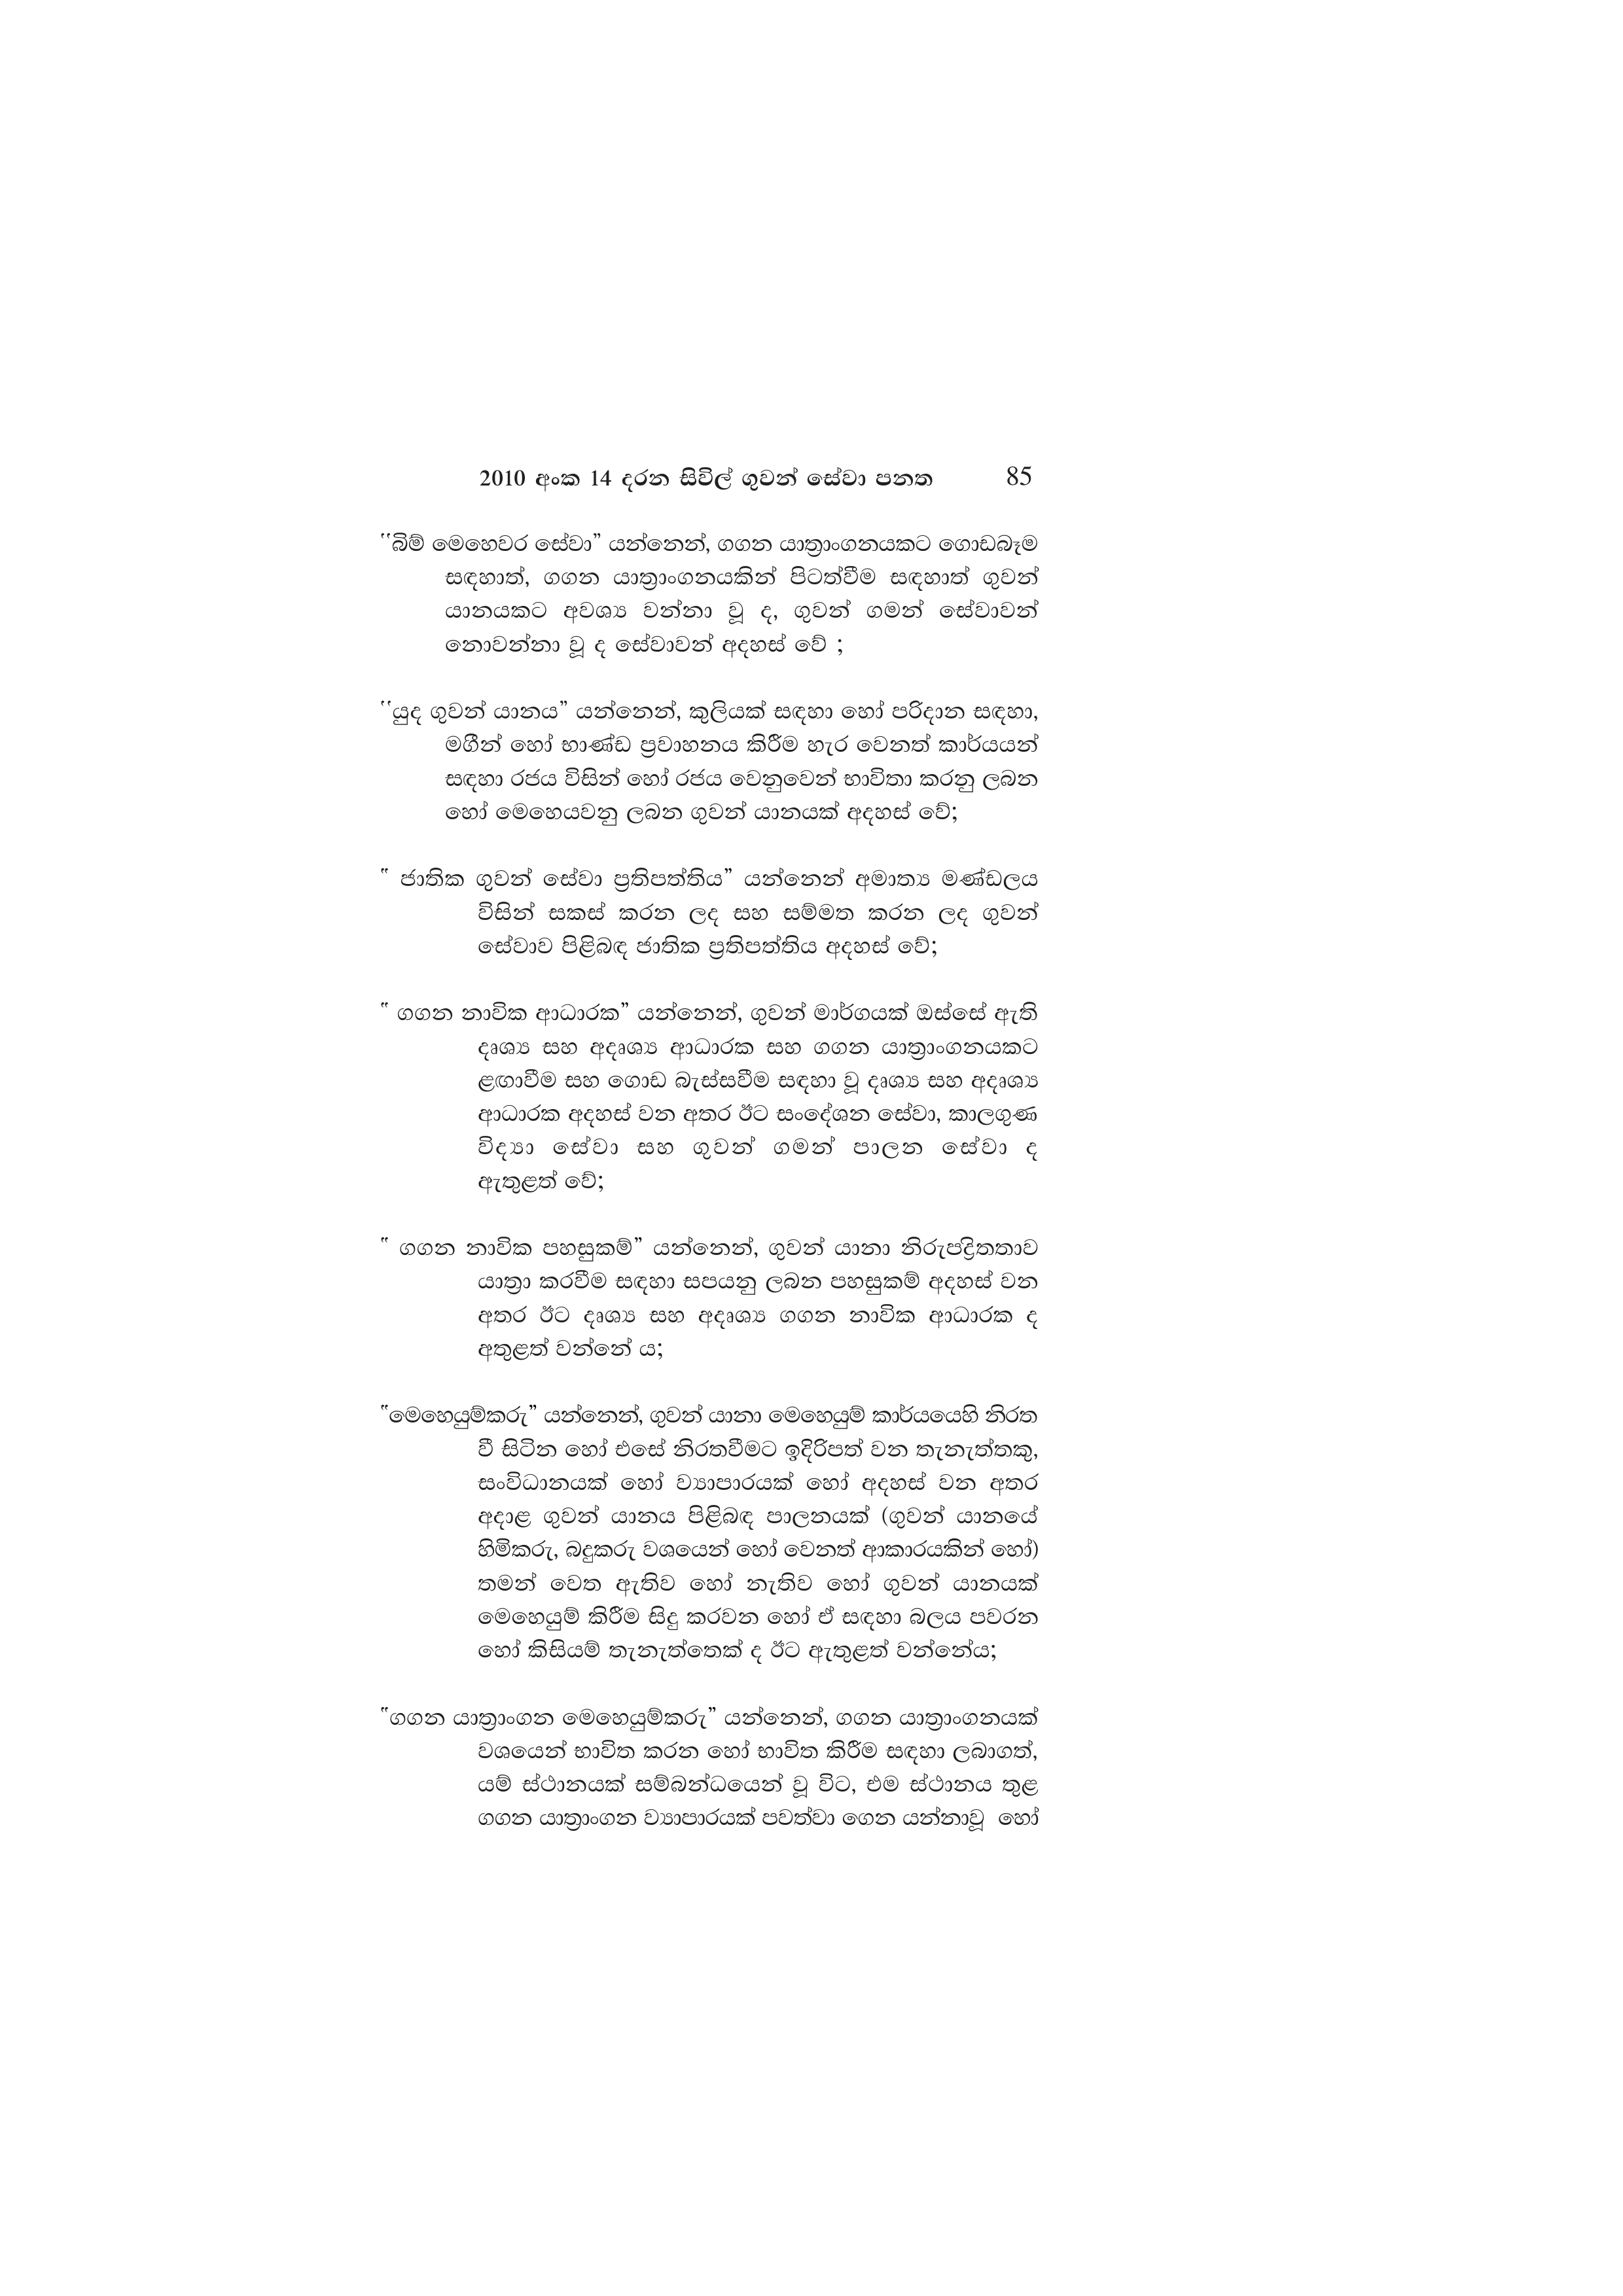
2010 අංක 14 දරන සිවිල් ගුවන් සේවා පනත 85

"බිම් මෙහෙවර සේවා” යන්නෙන්, ගගන යාත්‍රාංගනයකට ගොඩබෑම
සඳහාත්, ගගන යාත්‍රාංගනයකින් පිටත්වීම සඳහාත් ගුවන්
යානයකට අවශ්‍ය වන්නා වූ ද, ගුවන් ගමන් සේවාවන්
නොවන්නා වූ ද සේවාවන් අදහස් වේ ;

"යුද ගුවන් යානය” යන්නෙන්, කුලියක් සඳහා හෝ පරිදාන සඳහා,
මගීන් හෝ භාණ්ඩ ප්‍රවාහනය කිරීම හැර වෙනත් කාර්යයන්
සඳහා රජය විසින් හෝ රජය වෙනුවෙන් භාවිතා කරනු ලබන
හෝ මෙහෙයවනු ලබන ගුවන් යානයක් අදහස් වේ;

"ජාතික ගුවන් සේවා ප්‍රතිපත්තිය” යන්නෙන් අමාත්‍ය මණ්ඩලය
විසින් සකස් කරන ලද සහ සම්මත කරන ලද ගුවන්
සේවාව පිළිබඳ ජාතික ප්‍රතිපත්තිය අදහස් වේ;

"ගගන නාවික ආධාරක” යන්නෙන්, ගුවන් මාර්ගයක් ඔස්සේ ඇති
දෘශ්‍ය සහ අදෘශ්‍ය ආධාරක සහ ගගන යාත්‍රාංගනයකට
ළඟාවීම සහ ගොඩ බැස්සවීම සඳහා වූ දෘශ්‍ය සහ අදෘශ්‍ය
ආධාරක අදහස් වන අතර ඊට සංදේශන සේවා, කාලගුණ
විද්‍යා සේවා සහ ගුවන් ගමන් පාලන සේවා ද
ඇතුළත් වේ;

"ගගන නාවික පහසුකම්” යන්නෙන්, ගුවන් යානා නිරුපද්‍රිතතාව
යාත්‍රා කරවීම සඳහා සපයනු ලබන පහසුකම් අදහස් වන
අතර ඊට දෘශ්‍ය සහ අදෘශ්‍ය ගගන නාවික ආධාරක ද
අතුළත් වන්නේ ය;

"මෙහෙයුම්කරු” යන්නෙන්, ගුවන් යානා මෙහෙයුම් කාර්යයෙහි නිරත
වී සිටින හෝ එසේ නිරතවීමට ඉදිරිපත් වන තැනැත්තකු,
සංවිධානයක් හෝ ව්‍යාපාරයක් හෝ අදහස් වන අතර
අදාළ ගුවන් යානය පිළිබඳ පාලනයක් (ගුවන් යානයේ
හිමිකරු, බදුකරු වශයෙන් හෝ වෙනත් ආකාරයකින් හෝ)
තමන් වෙත ඇතිව හෝ නැතිව හෝ ගුවන් යානයක්
මෙහෙයුම් කිරීම සිදු කරවන හෝ ඒ සඳහා බලය පවරන
හෝ කිසියම් තැනැත්තෙක් ද ඊට ඇතුළත් වන්නේය;

"ගගන යාත්‍රාංගන මෙහෙයුම්කරු” යන්නෙන්, ගගන යාත්‍රාංගනයක්
වශයෙන් භාවිත කරන හෝ භාවිත කිරීම සඳහා ලබාගත්,
යම් ස්ථානයක් සම්බන්ධයෙන් වූ විට, එම ස්ථානය තුළ
ගගන යාත්‍රාංගන ව්‍යාපාරයක් පවත්වා ගෙන යන්නාවූ හෝ